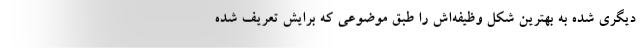
دیگری شده به بهترین شکل وظیفه‌اش را طبق موضوعی که برایش تعریف شده